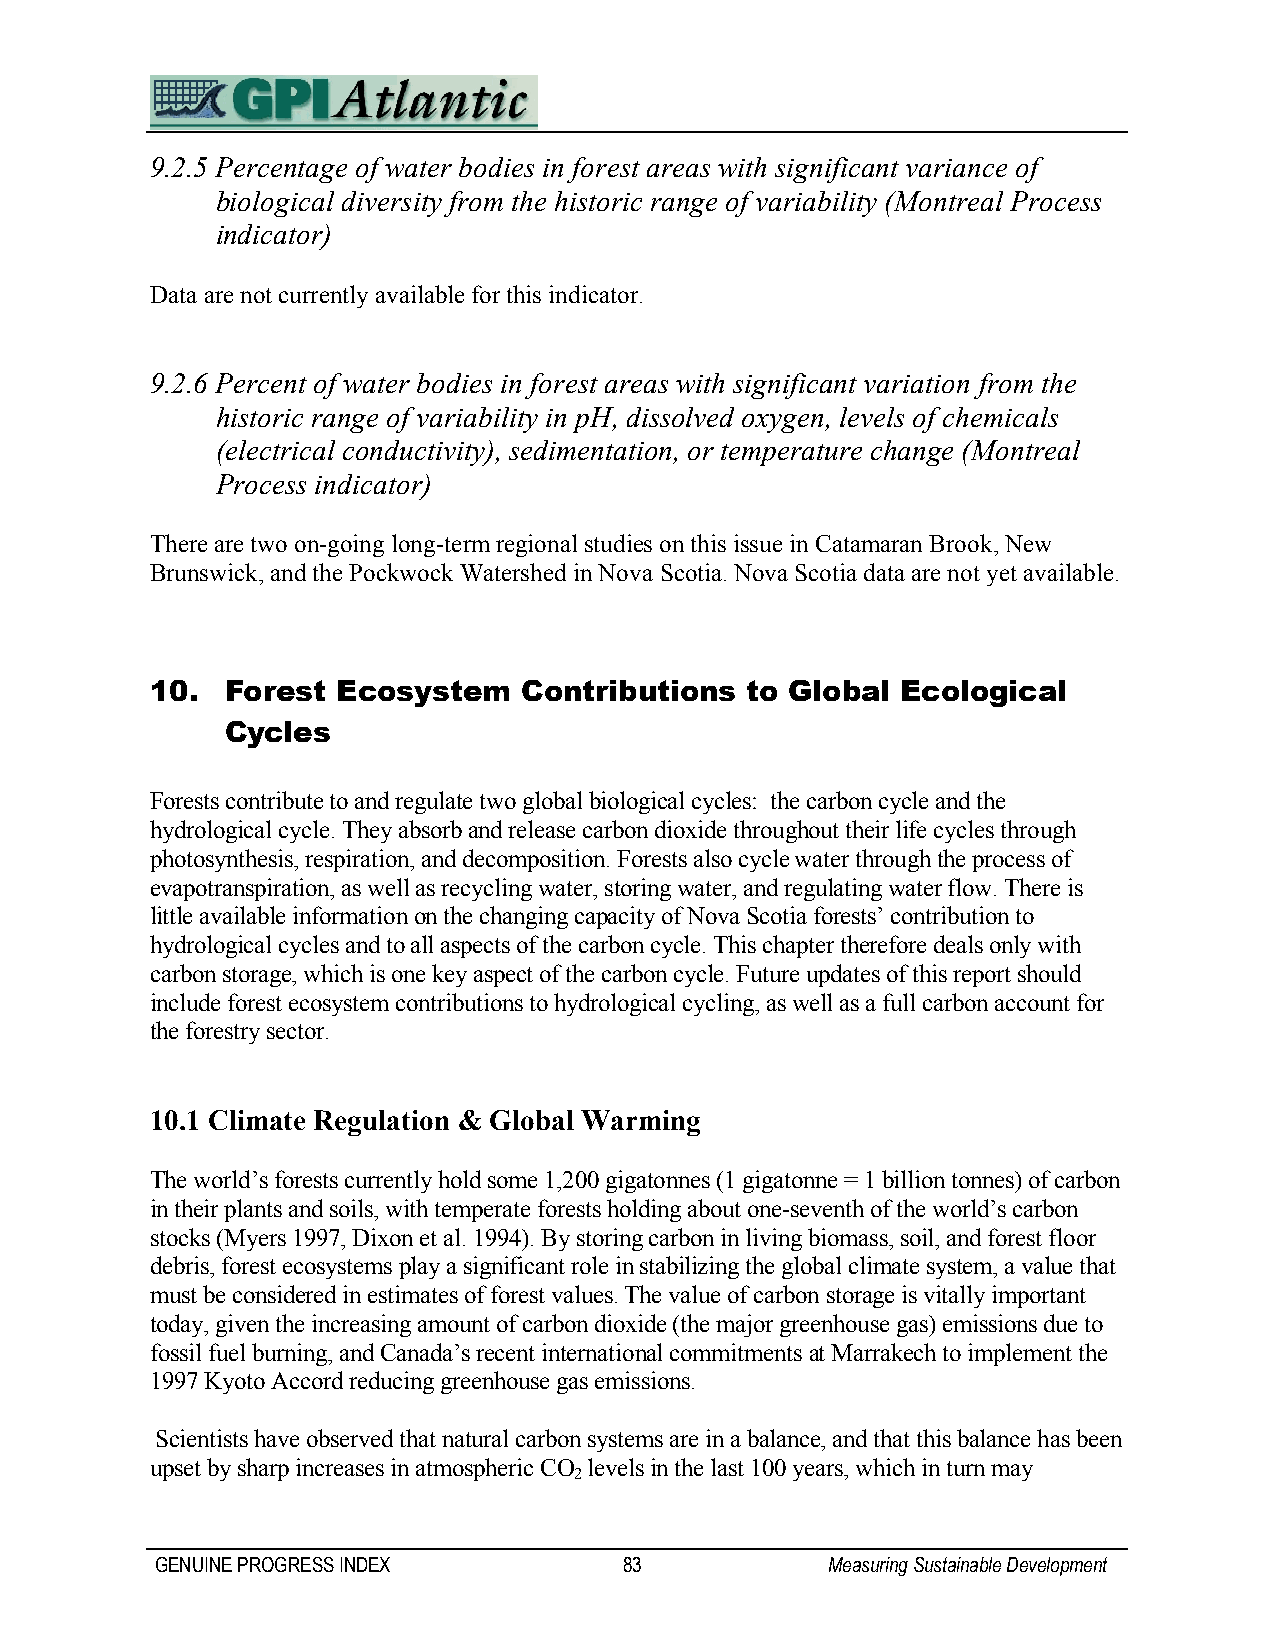
9.2.5 Percentage of water bodies in forest areas with significant variance of
 biological diversity from the historic range of variability (Montreal Process
 indicator)
 Data are not currently available for this indicator.
 9.2.6 Percent of water bodies in forest areas with significant variation from the
 historic range of variability in pH, dissolved oxygen, levels of chemicals
 (electrical conductivity), sedimentation, or temperature change (Montreal
 Process indicator)
 There are two on-going long-term regional studies on this issue in Catamaran Brook, New
 Brunswick, and the Pockwock Watershed in Nova Scotia. Nova Scotia data are not yet available.
 10.  Forest Ecosystem   Contributions  to Global  Ecological
 Cycles
 Forests contribute to and regulate two global biological cycles: the carbon cycle and the
 hydrological cycle. They absorb and release carbon dioxide throughout their life cycles through
 photosynthesis, respiration, and decomposition. Forests also cycle water through the process of
 evapotranspiration, as well as recycling water, storing water, and regulating water flow. There is
 little available information on the changing capacity of Nova Scotia forests’ contribution to
 hydrological cycles and to all aspects of the carbon cycle. This chapter therefore deals only with
 carbon storage, which is one key aspect of the carbon cycle. Future updates of this report should
 include forest ecosystem contributions to hydrological cycling, as well as a full carbon account for
 the forestry sector.
 10.1 Climate Regulation & Global Warming
 The world’s forests currently hold some 1,200 gigatonnes (1 gigatonne = 1 billion tonnes) of carbon
 in their plants and soils, with temperate forests holding about one-seventh of the world’s carbon
 stocks (Myers 1997, Dixon et al. 1994). By storing carbon in living biomass, soil, and forest floor
 debris, forest ecosystems play a significant role in stabilizing the global climate system, a value that
 must be considered in estimates of forest values. The value of carbon storage is vitally important
 today, given the increasing amount of carbon dioxide (the major greenhouse gas) emissions due to
 fossil fuel burning, and Canada’s recent international commitments at Marrakech to implement the
 1997 Kyoto Accord reducing greenhouse gas emissions.
 Scientists have observed that natural carbon systems are in a balance, and that this balance has been
 upset by sharp increases in atmospheric CO levels in the last 100 years, which in turn may
 2
 GENUINE PROGRESS INDEX         83            Measuring Sustainable Development